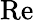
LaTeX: \operatorname{Re}